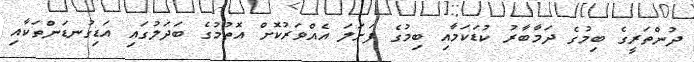
ދުންތަރީގެ ބިމުގެ ދަމާބާރު ކުޑަކަމާއި ބިމުގެ ފަށަލަ އެއްވަރުކޮށް އޮތުމުގެ ބަދަލުގައި އަޑިގުނޑަންތަކާއި